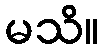
မသိ။